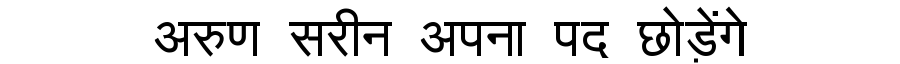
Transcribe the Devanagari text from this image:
अरुण सरीन अपना पद छोड़ेंगे